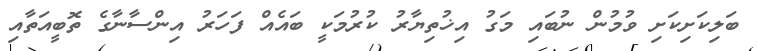
ބަލިކަށިކަށި ވުމުން ނުބައި މަގު އިޚުތިޔާރު ކުރުމަކީ ބައެއް ފަހަރު އިންސާނާގެ ތޮބީއަތާއި